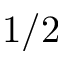
1 / 2